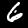
Digit: 6